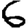
Digit: 6